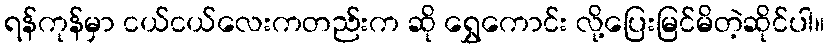
ရန်ကုန်မှာ ငယ်ငယ်လေးကတည်းက ဆို ရွှေကောင်း လို့ပြေးမြင်မိတဲ့ဆိုင်ပါ။